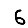
Digit: 6